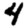
Digit: 4